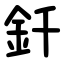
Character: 釺